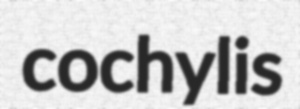
cochylis